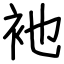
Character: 衪